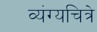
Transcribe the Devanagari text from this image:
व्यंग्यचित्रे